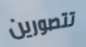
تتصورين